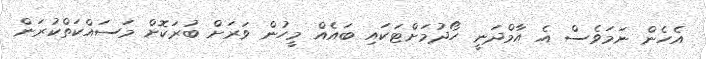
އެހެން ނަމަވެސް އެ އާމްދަނީ ހޯދުމަށްޓަކައި ބައެއް މީހުން ވަރަށް ބުރަކޮށް މަސައްކަތްކުރަން